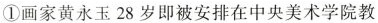
①画家黄永玉28岁即被安排在中央美术学院教